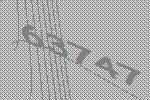
63747